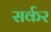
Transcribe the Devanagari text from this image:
सर्कर